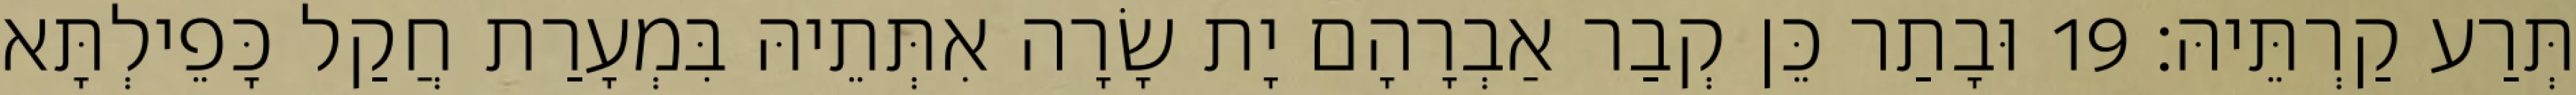
תְּרַע קַרְתֵּיהּ׃ 19 וּבָתַר כֵּן קְבַר אַבְרָהָם יָת שָׂרָה אִתְּתֵיהּ בִּמְעָרַת חֲקַל כָּפֵילְתָּא